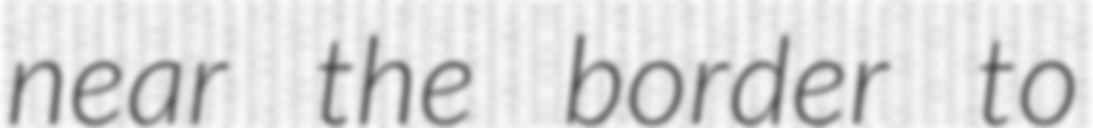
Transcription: near the border to